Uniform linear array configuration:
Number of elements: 12
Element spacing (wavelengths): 1
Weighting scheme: hamming
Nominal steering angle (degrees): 60
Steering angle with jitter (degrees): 58.229
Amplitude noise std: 0.05
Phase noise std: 0.05

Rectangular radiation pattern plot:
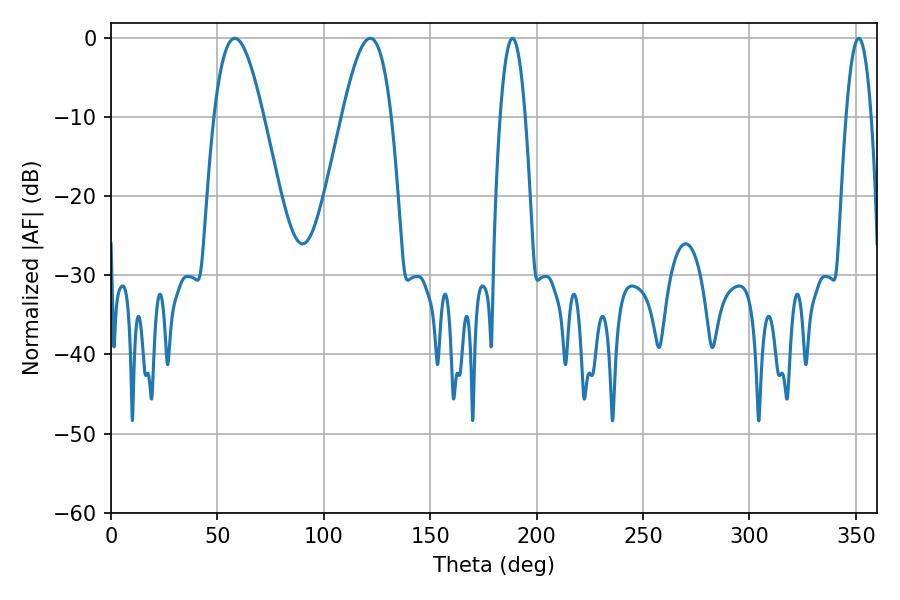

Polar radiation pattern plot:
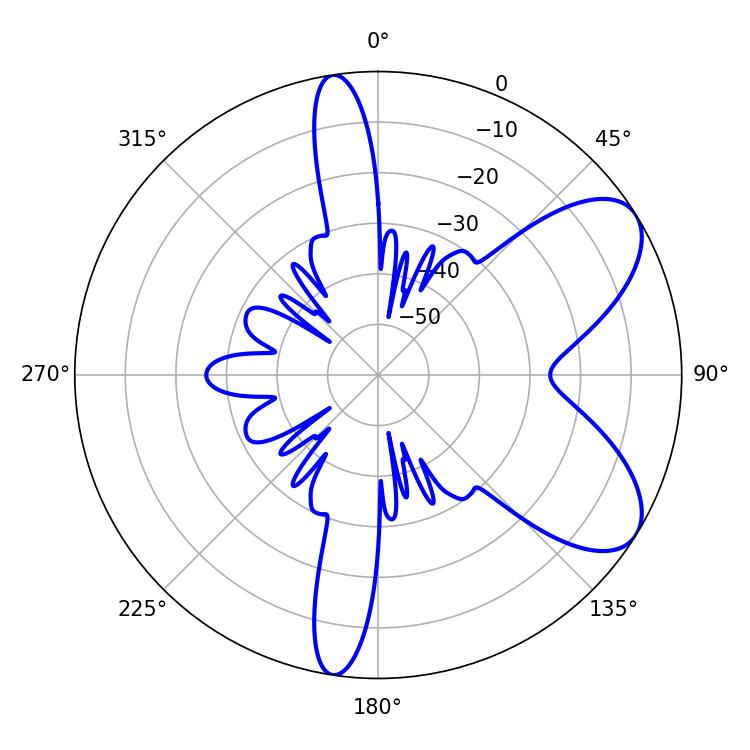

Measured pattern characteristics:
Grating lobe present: TRUE
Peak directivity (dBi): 7.297
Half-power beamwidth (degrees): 6.48
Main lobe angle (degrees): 188.64